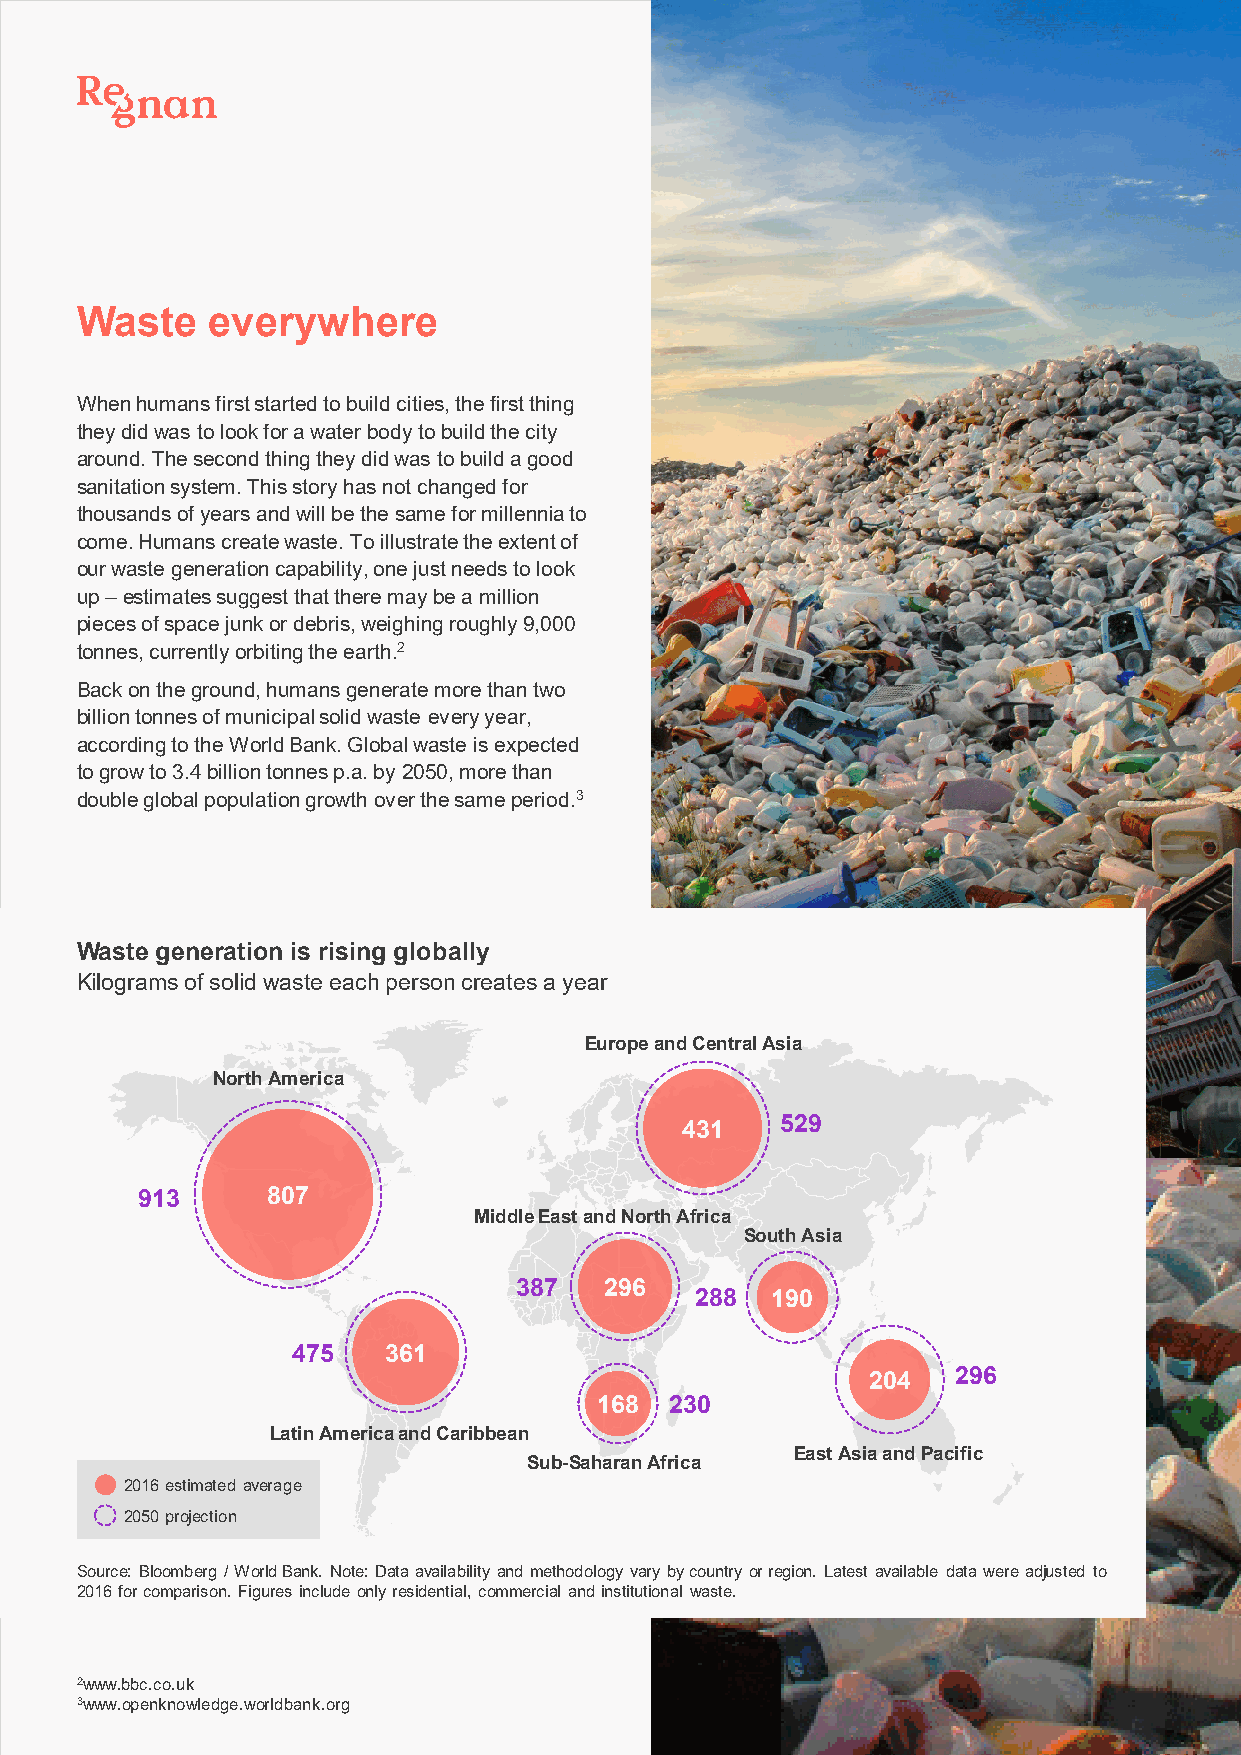
Waste    everywhere
 When humans first started to build cities, the first thing
 they did was to look for a water body to build the city
 around. The second thing they did was to build a good
 sanitation system. This story has not changed for
 thousands of years and will be the same for millennia to
 come. Humans create waste. To illustrate the extent of
 our waste generation capability, one just needs to look
 up –estimates suggest that there may be a million
 pieces of space junk or debris, weighing roughly 9,000
 tonnes, currently orbiting the earth.2
 Back on the ground, humans generate more than two
 billion tonnes of municipal solid waste every year,
 according to the World Bank. Global waste is expected
 to grow to 3.4 billion tonnes p.a. by 2050, more than
 double global population growth over the same period.3
 Waste generation is rising globally
 Kilograms of solid waste each person creates a year
 Europe and Central Asia
 North America
 431    529
 913      807
 Middle East and North Africa
 South Asia
 387   296
 288  190
 475   361
 204   296
 168  230
 Latin America and Caribbean
 East Asia and Pacific
 Sub-Saharan Africa
 2016 estimated average
 2050 projection
 Source: Bloomberg / World Bank. Note: Data availability and methodology vary by country or region. Latest available data wereadjusted to
 2016 for comparison. Figures include only residential, commercial and institutional waste.
 2www.bbc.co.uk
 3www.openknowledge.worldbank.org